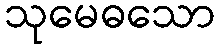
သုမေဓသော